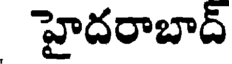
హైదరాబాద్